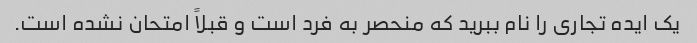
یک ایده تجاری را نام ببرید که منحصر به فرد است و قبلاً امتحان نشده است.